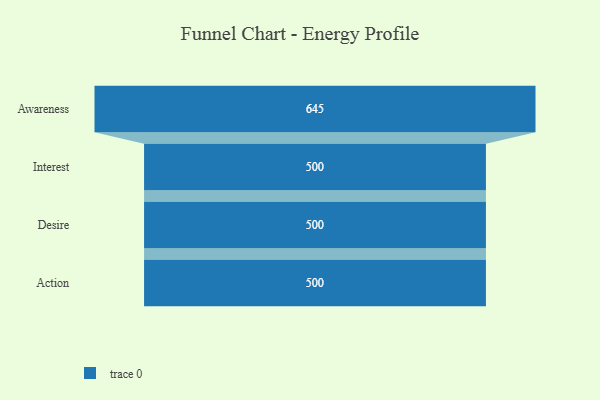
{"axis": {"x": "Stage", "y": "Value"}, "legend": [""], "data": [{"x": "Awareness", "y": 645.0, "type": ""}, {"x": "Interest", "y": 500, "type": ""}, {"x": "Desire", "y": 500, "type": ""}, {"x": "Action", "y": 500, "type": ""}]}